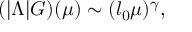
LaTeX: ( | \Lambda | G ) ( \mu ) \sim ( l _ { 0 } \mu ) ^ { \gamma } ,